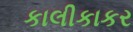
કાલીકાકર